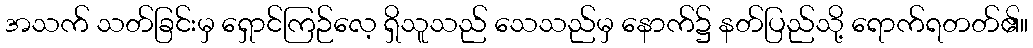
အသက် သတ်ခြင်းမှ ရှောင်ကြဉ်လေ့ ရှိသူသည် သေသည်မှ နောက်၌ နတ်ပြည်သို့ ရောက်ရတတ်၏။